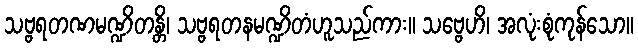
သဗ္ဗရတဏမဏ္ဍိတန္တိ၊ သဗ္ဗရတနမဏ္ဍိတံဟူသည်ကား။ သဗ္ဗေဟိ၊ အလုံးစုံကုန်သော။